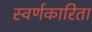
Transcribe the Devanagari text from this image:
स्वर्णकारिता